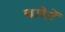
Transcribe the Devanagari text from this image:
बारेतें